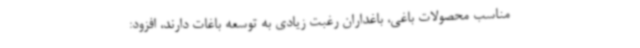
مناسب محصولات باغی، باغداران رغبت زیادی به توسعه باغات دارند، افزود: